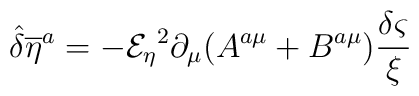
{\hat{\delta}} {{\overline{\eta}} ^{a}}=-{{\mathcal{E}_{\eta}}}^{2}\partial _{\mu }(A^{a\mu }+B^{a\mu }) {\frac{\delta \varsigma}{\xi}}